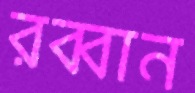
রব্বান